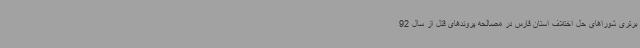
برتری شوراهای حل اختلاف استان فارس در مصالحه پروندهای قتل از سال 92